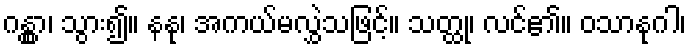
ဂန္တွာ၊ သွား၍။ နနု၊ အကယ်မလွှဲသဖြင့်။ သတ္ထု၊ လင်၏။ ဝသာနုဂါ၊